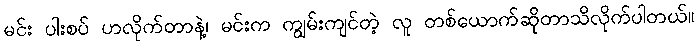
မင်း ပါးစပ် ဟလိုက်တာနဲ့၊ မင်းက ကျွမ်းကျင်တဲ့ လူ တစ်ယောက်ဆိုတာသိလိုက်ပါတယ်။